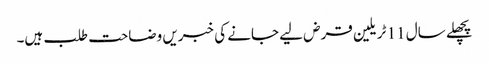
پچھلے سال 11 ٹریلین قرض لیے جانے کی خبریں وضاحت طلب ہیں۔